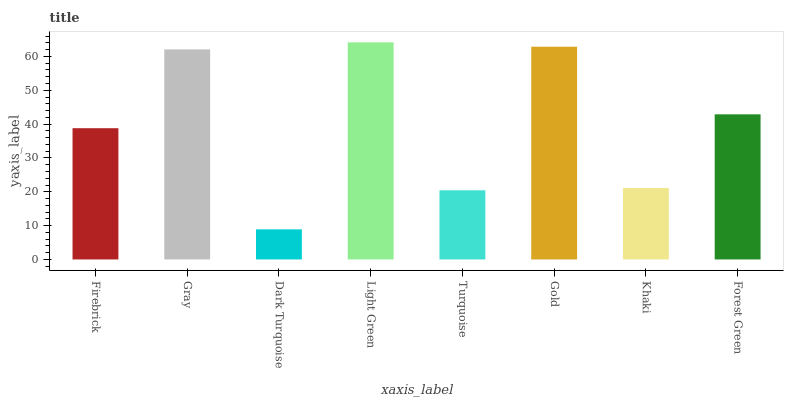
| xaxis_label | bars |
 | --- | --- |
 | Firebrick | 38.8 |
 | Gray | 62.1 |
 | Dark Turquoise | 8.9 |
 | Light Green | 64.2 |
 | Turquoise | 20.4 |
 | Gold | 62.9 |
 | Khaki | 21.1 |
 | Forest Green | 42.9 |